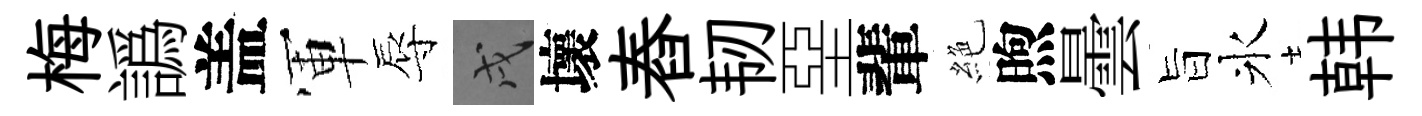
梅譌盖軍辱戌壞舂韧堊輩絶煦曇旨氷韩